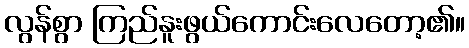
လွန်စွာ ကြည်နူးဖွယ်ကောင်းလေတော့၏။